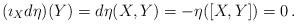
LaTeX: \begin{align*}(\imath_Xd\eta)(Y)=d\eta(X,Y)=-\eta([X,Y])=0\,.\end{align*}